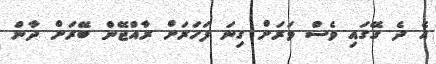
އެ ދެ ގޭގައި ވެސް ވަރަށް ގިނަ ފަހަރަށް ރާއްޖޭން ބޭރަށް ދާން